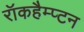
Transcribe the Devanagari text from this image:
रॉकहैम्प्टन